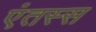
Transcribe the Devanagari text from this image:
एंतस्स